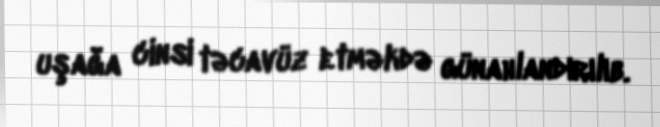
uşağa cinsi təcavüz etməkdə günahlandırılıb.